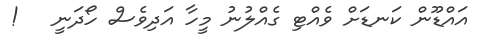
އައްޑޫން ކަނޑަށް ވެއްޓި ގެއްލުނު މީހާ އަދިވެސް ހޯދަނީ   !